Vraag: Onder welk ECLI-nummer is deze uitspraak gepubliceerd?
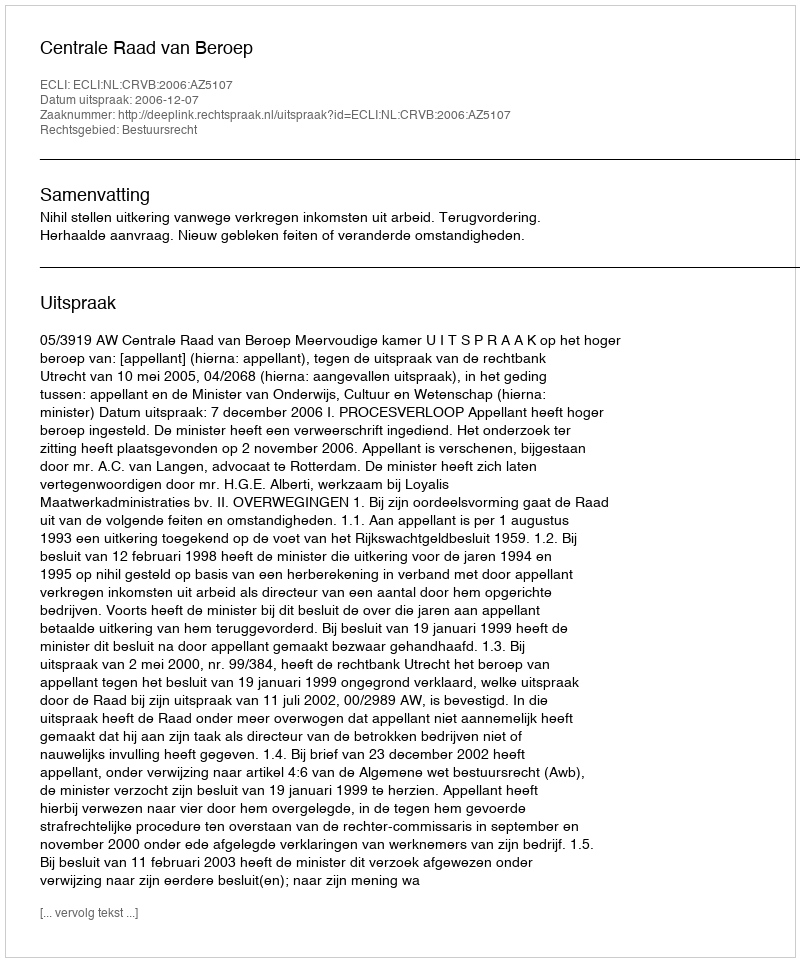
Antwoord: ECLI:NL:CRVB:2006:AZ5107